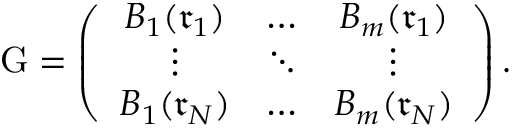
\mathrm { G } = \left( \begin{array} { c c c } { B _ { 1 } ( \mathfrak { r } _ { 1 } ) } & { \ldots } & { B _ { m } ( \mathfrak { r } _ { 1 } ) } \\ { \vdots } & { \ddots } & { \vdots } \\ { B _ { 1 } ( \mathfrak { r } _ { N } ) } & { \ldots } & { B _ { m } ( \mathfrak { r } _ { N } ) } \end{array} \right) .